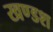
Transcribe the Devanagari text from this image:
खण्डश